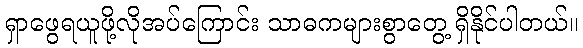
ရှာဖွေရယူဖို့လိုအပ်ကြောင်း သာဓကများစွာတွေ့ ရှိနိုင်ပါတယ်။